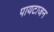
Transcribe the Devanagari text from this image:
पायटाजन